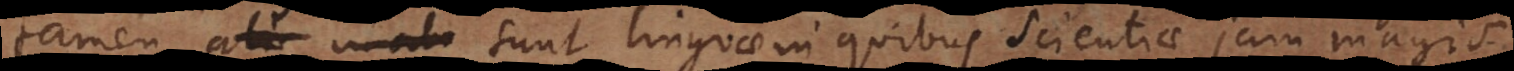
tamen sunt linguae in quibus scientiae jam magis